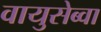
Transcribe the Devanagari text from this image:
वायुसेब्वा